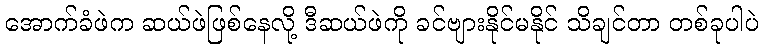
အောက်ခံဖဲက ဆယ်ဖဲဖြစ်နေလို့ ဒီဆယ်ဖဲကို ခင်ဗျားနိုင်မနိုင် သိချင်တာ တစ်ခုပါပဲ